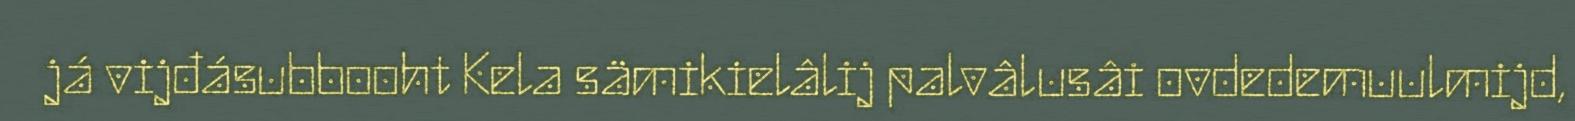
já vijđásubbooht Kela sämikielâlij palvâlusâi ovdedemuulmijd,